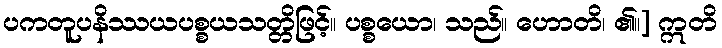
ပကတူပနိဿယပစ္စယသတ္တိဖြင့်။ ပစ္စယော၊ သည်။ ဟောတိ၊ ၏။] ဣတိ